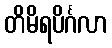
တိမိရပိင်္ဂလာ